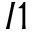
I 1